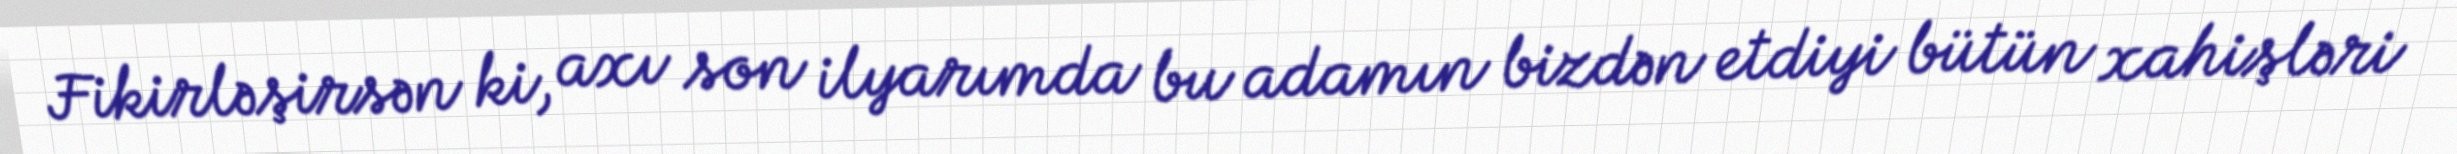
Fikirləşirsən ki, axı son ilyarımda bu adamın bizdən etdiyi bütün xahişləri